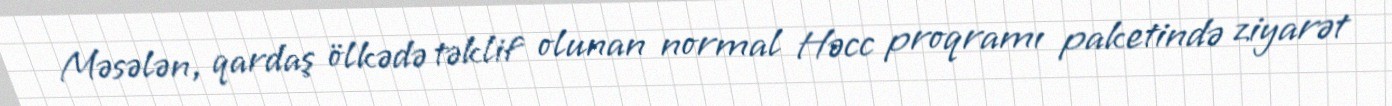
Məsələn, qardaş ölkədə təklif olunan normal Həcc proqramı paketində ziyarət